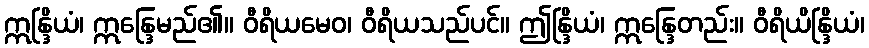
ဣန္ဒြိယံ၊ ဣန္ဒြေမည်၏။ ဝီရိယမေဝ၊ ဝီရိယသည်ပင်။ ဤန္ဒြိယံ၊ ဣန္ဒြေတည်း။ ဝီရိယိန္ဒြိယံ၊